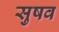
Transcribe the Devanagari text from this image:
सुषव